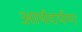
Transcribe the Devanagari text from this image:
आर्यदर्पण